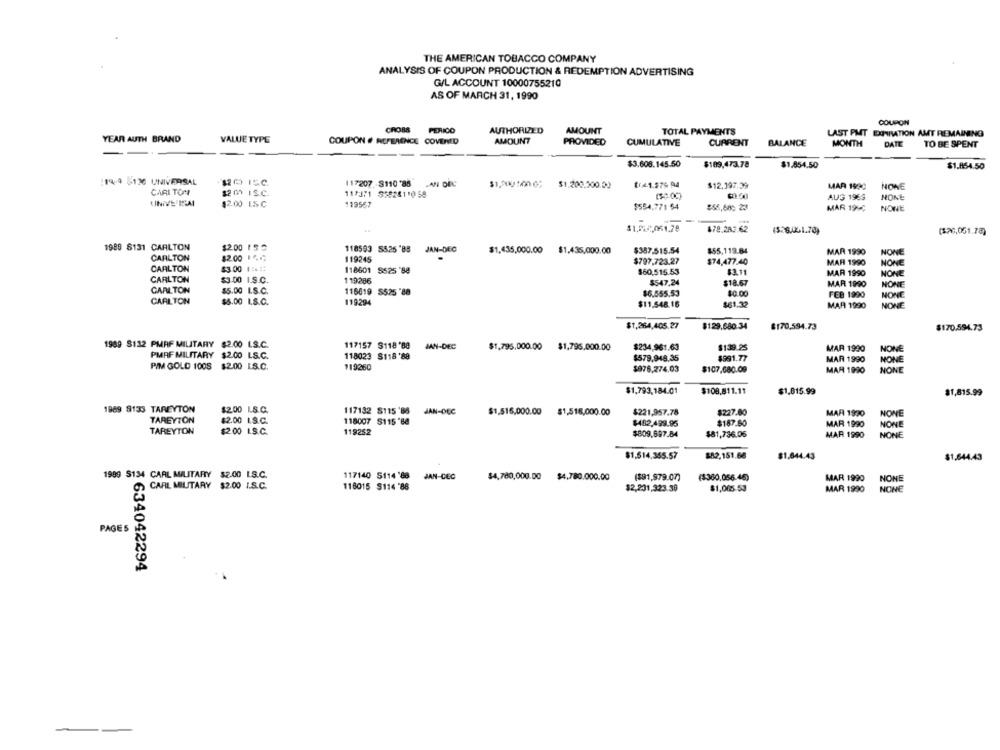
THE AMERICAN TOBACCO COMPANY
ANALYSIS OF COUPON PRODUCTION & REDEMPTION ADVERTISING
G/L ACCOUNT 10000755210
AS OF MARCH 31, 1990
COUPON
CROSS
PERICO
AUTHORIZED
AMOUNT
TOTAL PAYMENTS
LAST PMT EINRATION AMT REMAINING
YEAR AUTH BRAND
VALUE TYPE
COUPON # REFERENCE COVERED
AMOUNT
PROVIDED
CUMULATIVE
CURRENT
BALANCE
MONTH
DATE
TO BE SPENT
$3.608.145.50
$109,473.78
$1.454.50
$1.854.50
14/9 6120 UNIVERSAL
117207 $110 '85 .AN DEC
$1,200100 0; $1.200.000.00
$1 41.975 94
$12,397.39
MAR 1990
NONE
CARI TON
12 0 IS.C.
117371 $5828110 58
(50.00)
AUS 1963
NONE
UNIVE ISAI
119567
$2.00 I.SC
$554,771 $4
MAR 199℃
NONE
678.282.62
($28.051.70)
($26,051.78)
1989 8131 CARLTON
$2.00 153
118593 55.25 '83 JAN-DEC
$1,435,000.00 $1.435,000.00
$357.515.54
$55,119.84
MAR 1990
NONE
CARLTON
$2.00 14.
119245
$797.723.27
$74,477.40
MAR 1990
NONE
CARLTON
$3.00 1 :. ::
118601 5525 '88
$60,515.53
$2.11
CARLTON
MAR 1990
NONE
$3.00 I.S.C.
119286
$547.24
$18.67
MAR 1990
NONE
CARLTON
$5.00 LS.C.
116619 5525 '88
$6.555.53
$0.00
119294
FEB 1990
NONE
CARLTON
$5.00 I.S.C.
$11.548.16
$61.32
MAR 1990
NONE
$1,264,405,27
$129.680 34
$170,594.73
$170.594.73
1989 8132 PMAF MILITARY $2.00 1.S.C.
117157 S118 '80
JAN-DEC
$1.795.000.00
$234,961.63
$1,795,000.00
$139.25
MAR 1990
NONE
PMAF MILITARY $2.00 LS.C.
118023 $118'88
$579,948,35
4991.77
MAR 1990
PIM GOLD 100S $2.00 L.S.C.
119260
$976,274,03
NONE
$107,680.09
MAR 1990
NONE
$1,793,184.01
$108.811.11
$1,815.99
81,815.99
1969 8133 TAREYTON
$200 L.S.C.
117132 8115 85 JAN-DEC
$1.516,000.00 $1,516,000.00
$221,957.78
$227.80
MAR 1990
NONE
TAREYTON
$2.00 1.S.C.
118007 S115 '88
$482,499.95
$187.60
MAR 1990
NONE
TAREYTON
$2.00 I.S.C.
119252
$809.697.84
$81,736.05
MAR 1990
NONE
$1.514,355.57
$82,151.68
$1,844.43
$1.644.43
1999 S134 CARL MILITARY $2.00 LS.C.
117140 5114 '88
JAN-DEC
$4,780,000.00
$4.780.000.00
(391,979.07)
($360,056.46)
MAR 1990
NONE
@ CARL MILITARY $2.00 I.S.C.
118015 $114 '86
$2,231,323.30
$1,065.53
MAR 1990
NONE
PAGES
₹634042294
-
--